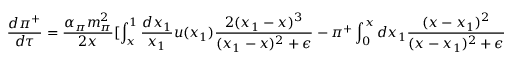
\frac { d \pi ^ { + } } { d \tau } = \frac { \alpha _ { \pi } m _ { \pi } ^ { 2 } } { 2 x } { [ \int _ { x } ^ { 1 } \frac { d x _ { 1 } } { x _ { 1 } } u ( x _ { 1 } ) \frac { 2 ( x _ { 1 } - x ) ^ { 3 } } { ( x _ { 1 } - x ) ^ { 2 } + \epsilon } - \pi ^ { + } \int _ { 0 } ^ { x } d x _ { 1 } \frac { ( x - x _ { 1 } ) ^ { 2 } } { ( x - x _ { 1 } ) ^ { 2 } + \epsilon } ] }